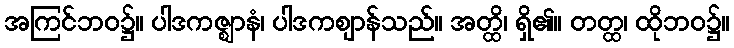
အကြင်ဘဝ၌။ ပါဒကဇ္ဈာနံ၊ ပါဒကဈာန်သည်။ အတ္ထိ၊ ရှိ၏။ တတ္ထ၊ ထိုဘဝ၌။